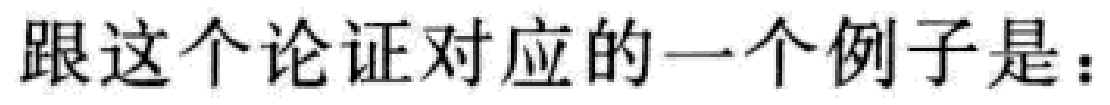
跟这个论证对应的一个例子是：